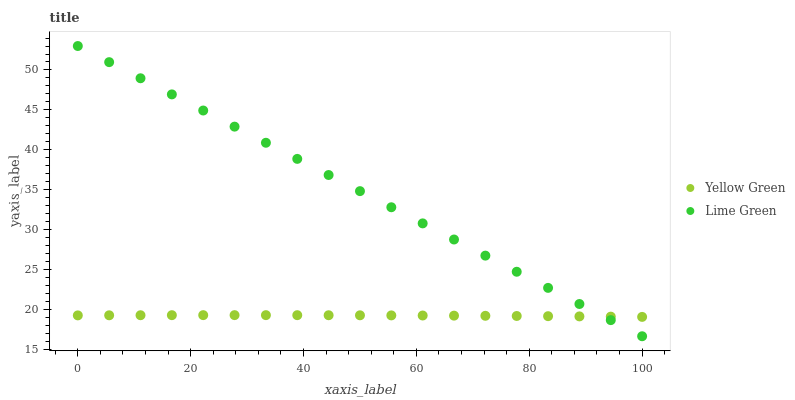
| xaxis_label | Yellow Green | Lime Green |
 | --- | --- | --- |
 | 0 | 19.3 | 53 |
 | 5.56 | 19.3 | 51 |
 | 11.1 | 19.3 | 49 |
 | 16.7 | 19.3 | 46.9 |
 | 22.2 | 19.3 | 44.9 |
 | 27.8 | 19.3 | 42.9 |
 | 33.3 | 19.3 | 40.9 |
 | 38.9 | 19.3 | 38.9 |
 | 44.4 | 19.3 | 36.9 |
 | 50 | 19.3 | 34.8 |
 | 55.6 | 19.3 | 32.8 |
 | 61.1 | 19.3 | 30.8 |
 | 66.7 | 19.3 | 28.8 |
 | 72.2 | 19.2 | 26.8 |
 | 77.8 | 19.2 | 24.8 |
 | 83.3 | 19.2 | 22.7 |
 | 88.9 | 19.2 | 20.7 |
 | 94.4 | 19.1 | 18.7 |
 | 100 | 19.1 | 16.7 |